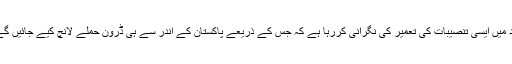
اوریہ اطلاعات بھی موصول ہو رہی ہیںکہ امریکہ جیکب آباد میں ایسی تنصیبات کی تعمیر کی نگرانی کررہا ہے کہ جس کے ذریعے پاکستان کے اندر سے ہی ڈرون حملے لانچ کیے جائیں گے، اور ان حملوں کے اہداف کا تعین امریکی فوجی کریں گے۔